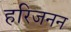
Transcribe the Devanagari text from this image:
हरिजनन